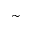
\sim